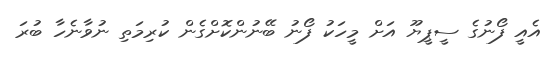
އެއީ ފޯނުގެ ސީޕީޔޫ އަށް މީހަކު ފޯނު ބޭނުންކޮށްގެން ކުރިމަތި ނުވާނެހާ ބުރަ